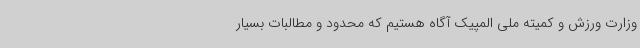
وزارت ورزش و کمیته ملی المپیک آگاه هستیم که محدود و مطالبات بسیار